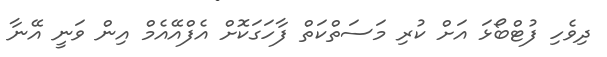
ދިވެހި ފުޓްބޯޅަ އަށް ކުރި މަސަތްކަތް ފާހަގަކޮށް އެފްއޭއެމް އިން ވަނީ އޭނާ